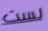
لست